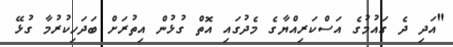
"އަދި ދެ ގައުމުގެ އަސްކަރިއްޔާގެ މެދުގައި އޮތް ގުޅުން އިތުރަށް ބަދަހިކުރުމާ ގުޅޭ